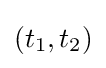
(t_{1},t_{2})